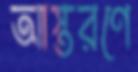
আস্তরণে